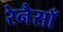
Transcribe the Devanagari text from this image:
रेनैसाँ